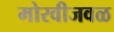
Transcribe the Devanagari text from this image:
मोरवीजवळ